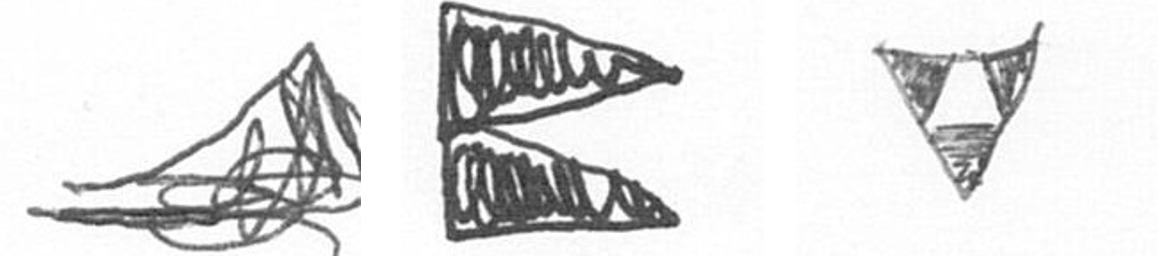
O P S